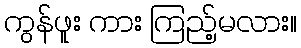
ကွန်ဖူး ကား ကြည့်မလား။